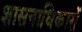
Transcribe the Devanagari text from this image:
शासनाधिकारों